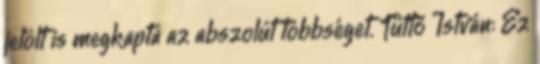
jelölt is megkapta az abszolút többséget. Tüttő István: Ez